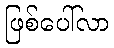
ဖြစ်ပေါ်လာ